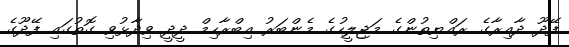
ފޭދޫ ދާއިރާގެ ރައްޔިތުންގެ މަޖިލީހުގެ މެންބަރު އިބްރާހިމް ދީދީ ވިދާޅުވި ގޮތުގައި ފޭދޫގެ